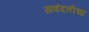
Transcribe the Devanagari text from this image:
सवंदतीचा